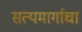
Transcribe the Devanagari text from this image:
सत्यमार्गाचा